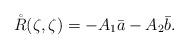
LaTeX: \begin{align*} \mathring{R}(\zeta,\zeta)=-A_1\bar{a}-A_2\bar{b}.\end{align*}